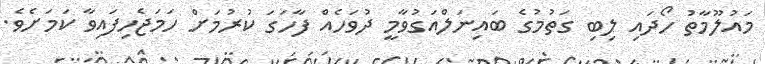
މައުލޫމާތު ހޯދައި ލިބި ގަތުމުގެ ބައިނަލްއަގުވާމީ ދުވަހެއް ފާހަގަ ކުރުމަށް ހަމަޖެހިފައިވާ ކަމަށެވެ.